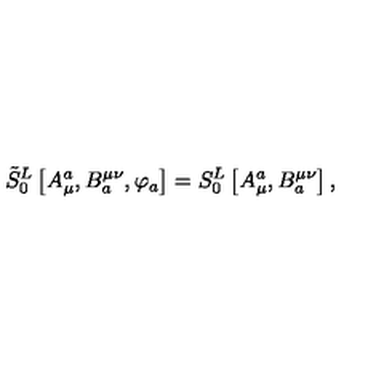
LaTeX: \tilde { S } _ { 0 } ^ { L } \left[ A _ { \mu } ^ { a } , B _ { a } ^ { \mu \nu } , \varphi _ { a } \right] = S _ { 0 } ^ { L } \left[ A _ { \mu } ^ { a } , B _ { a } ^ { \mu \nu } \right] ,